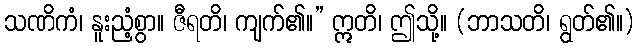
သဏိကံ၊ နူးညံ့စွာ။ ဇီရတိ၊ ကျက်၏။” ဣတိ၊ ဤသို့။ (ဘာသတိ၊ ရွတ်၏။)